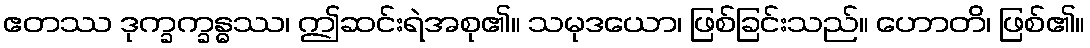
ဧတဿ ဒုက္ခက္ခန္ဓဿ၊ ဤဆင်းရဲအစု၏။ သမုဒယော၊ ဖြစ်ခြင်းသည်။ ဟောတိ၊ ဖြစ်၏။